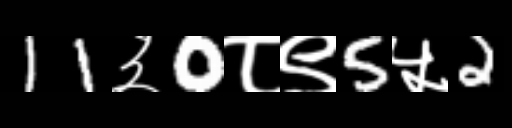
Text: 11३0८९5५2